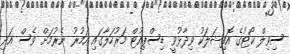
ސިވިލް ކޯޓުގެ އޮފިޝަލަކު ވިދާޅުވީ ޑިސްޕިއުޓް މަރުހަލާގައި އަމުރު ނެރުމަށް ވެސް އަދި